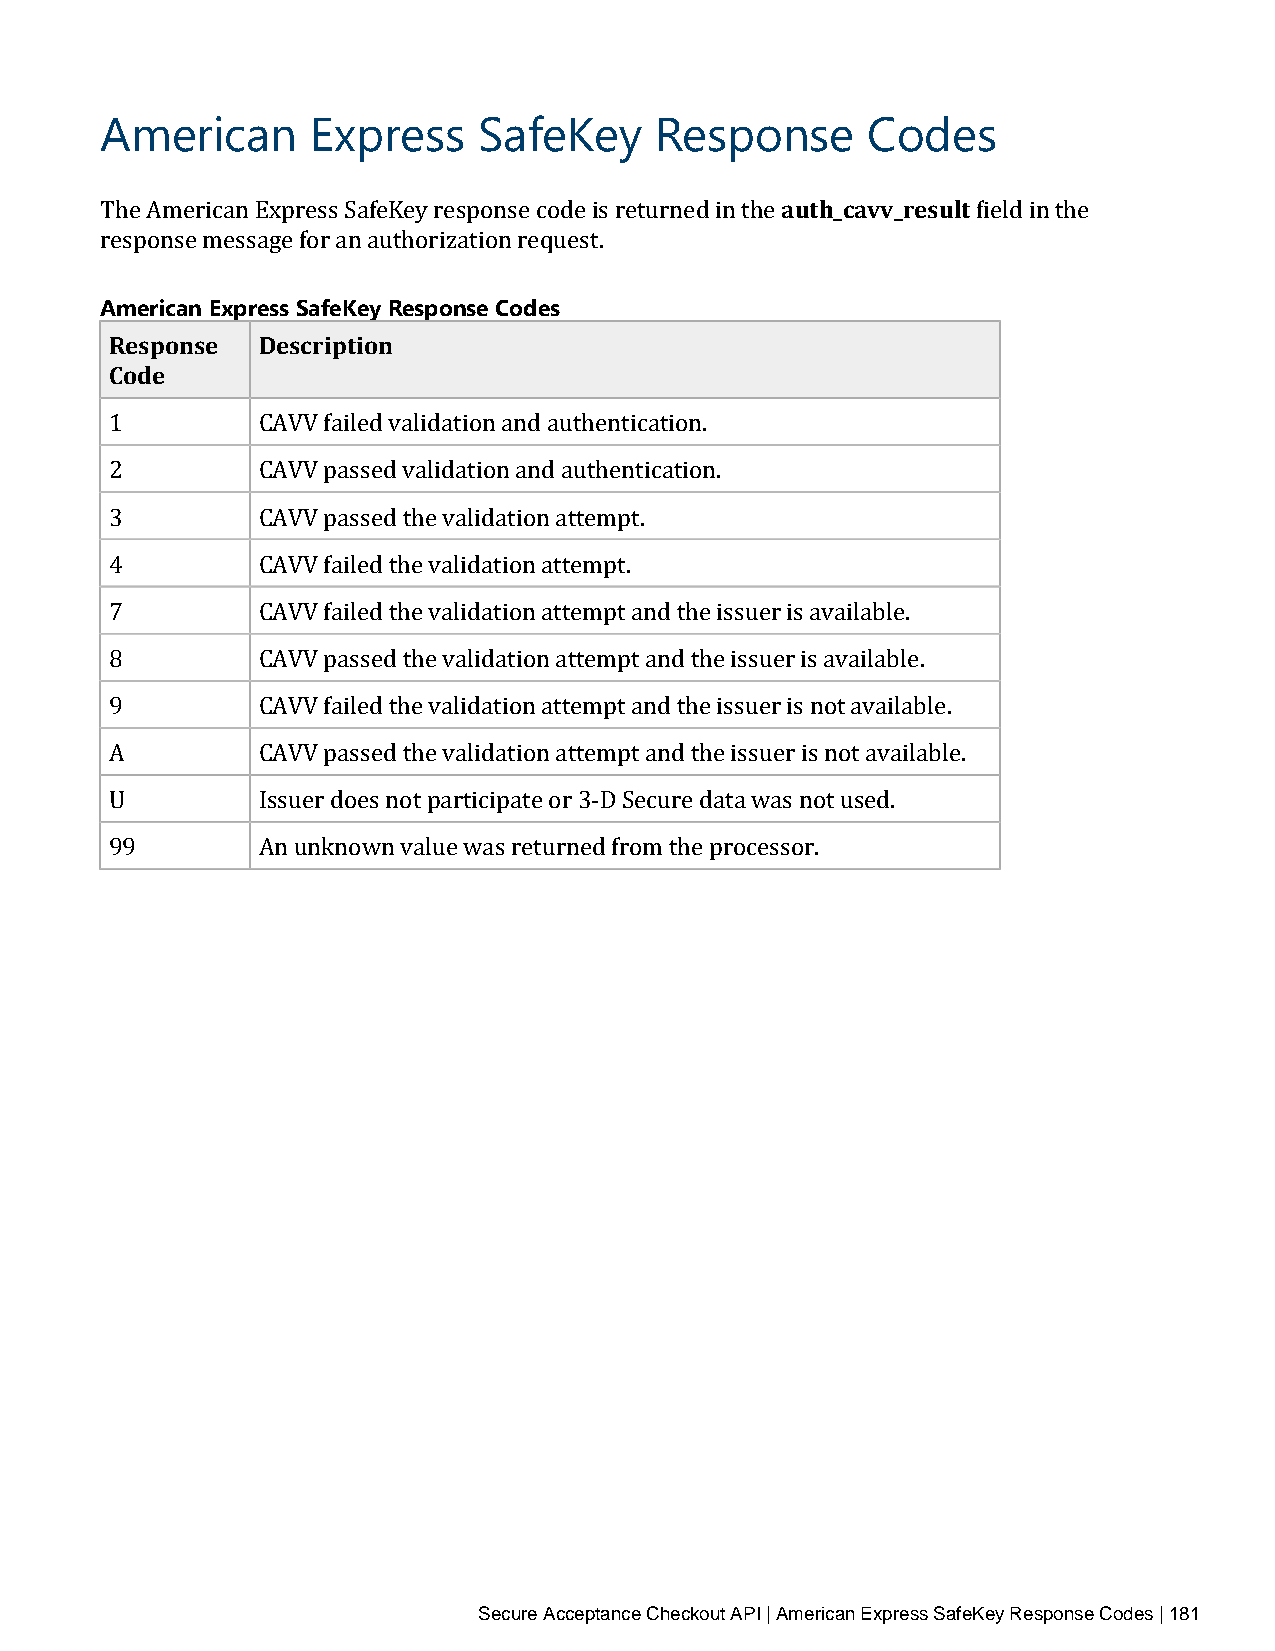
American      Express    SafeKey    Response      Codes
 auth_cavv_result
 The American Express SafeKey response code is returned in the field in the
 response message for an authorization request.
 American Express SafeKey Response Codes
 Response  Description
 Code
 1         CAVV failed validation and authentication.
 2         CAVV passed validation and authentication.
 3         CAVV passed the validation attempt.
 4         CAVV failed the validation attempt.
 7         CAVV failed the validation attempt and the issuer is available.
 8         CAVV passed the validation attempt and the issuer is available.
 9         CAVV failed the validation attempt and the issuer is not available.
 A         CAVV passed the validation attempt and the issuer is not available.
 U         Issuer does not participate or 3‑D Secure data was not used.
 99        An unknown value was returned from the processor.
 Secure Acceptance Checkout API | American Express SafeKey Response Codes | 181